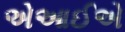
એઆઈએ